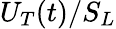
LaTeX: U_{T}(t)/S_{L}